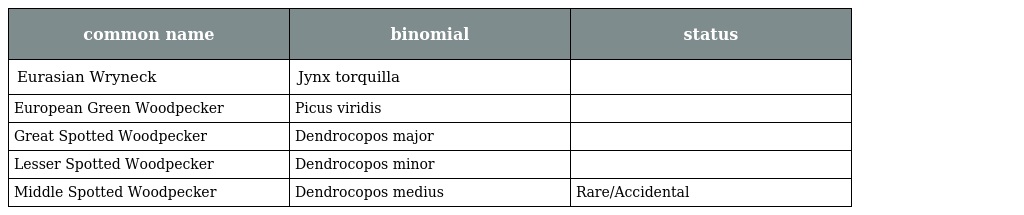
| common name | binomial | status |
 | --- | --- | --- |
 | Eurasian Wryneck | Jynx torquilla |  |
 | European Green Woodpecker | Picus viridis |  |
 | Great Spotted Woodpecker | Dendrocopos major |  |
 | Lesser Spotted Woodpecker | Dendrocopos minor |  |
 | Middle Spotted Woodpecker | Dendrocopos medius | Rare/Accidental |